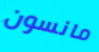
مانسون